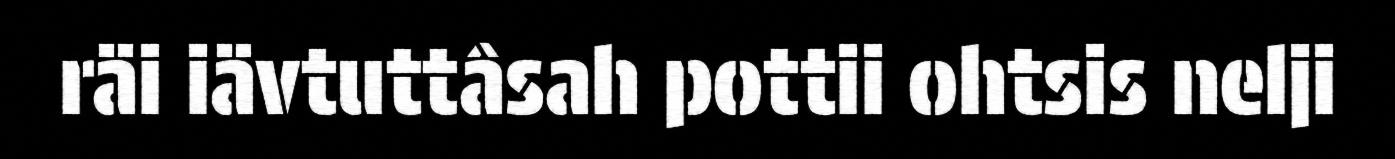
räi iävtuttâsah pottii ohtsis nelji